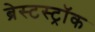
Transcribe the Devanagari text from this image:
ब्रेस्टस्ट्रॉक